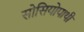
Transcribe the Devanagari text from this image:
सोसियोपाथी